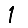
Digit: 1